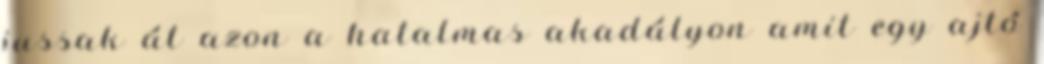
jussak át azon a hatalmas akadályon amit egy ajtó